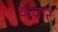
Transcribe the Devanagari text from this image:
कवांर